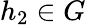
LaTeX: h_{2}\in G